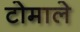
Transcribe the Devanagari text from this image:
टोमाले